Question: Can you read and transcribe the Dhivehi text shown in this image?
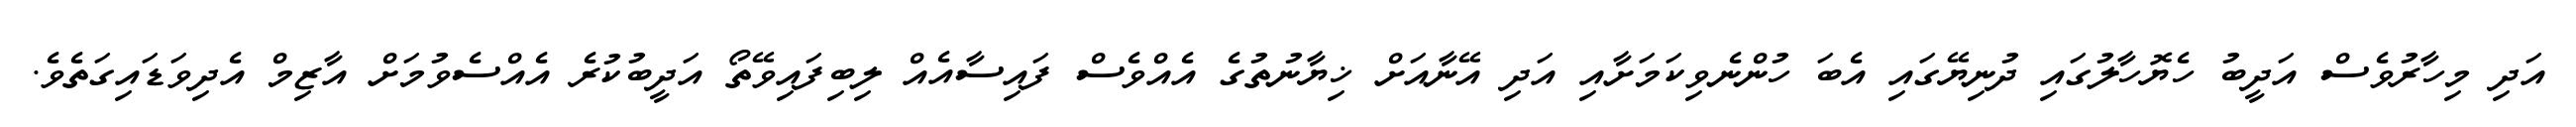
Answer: އަދި މިހާރުވެސް އަދީބު ހެޔޮހާލުގައި ދުނިޔޭގައި އެބަ ހުންނެވިކަމަށާއި އަދި އޭނާއަށް ޚިޔާނުތުގެ އެއްވެސް ފައިސާއެއް ލިބިފައިވޭތޯ އަދީބުކުރެ އެއްސެވުމަށް އާޒިމް އެދިވަޑައިގަތެވެ.